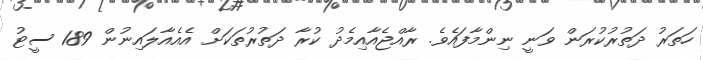
ހަތަރު ދަތުރުކުރަން ވަނީ ނިންމާފައެވެ. ރާއްޖެއާއިމެދު ކުރާ ދަތުރުތަަކަށް އެއެއާލައިނުން 189 ސީޓު